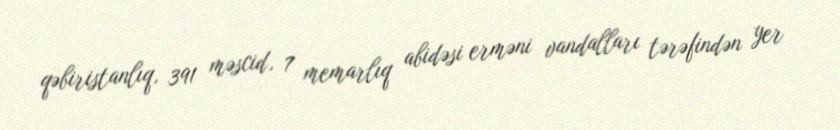
qəbiristanlıq, 391 məscid, 7 memarlıq abidəsi erməni vandalları tərəfindən yer